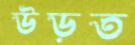
উড়ত